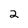
Character: 2